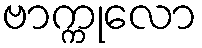
ဗာက္ကုလော